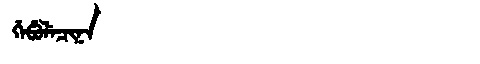
Manchu: ᡤᡝᠪᡠᠯᡝᠴᡳᠨᠠ
Romanization: GEBULECINA